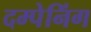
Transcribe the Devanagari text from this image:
दम्पेनिंग